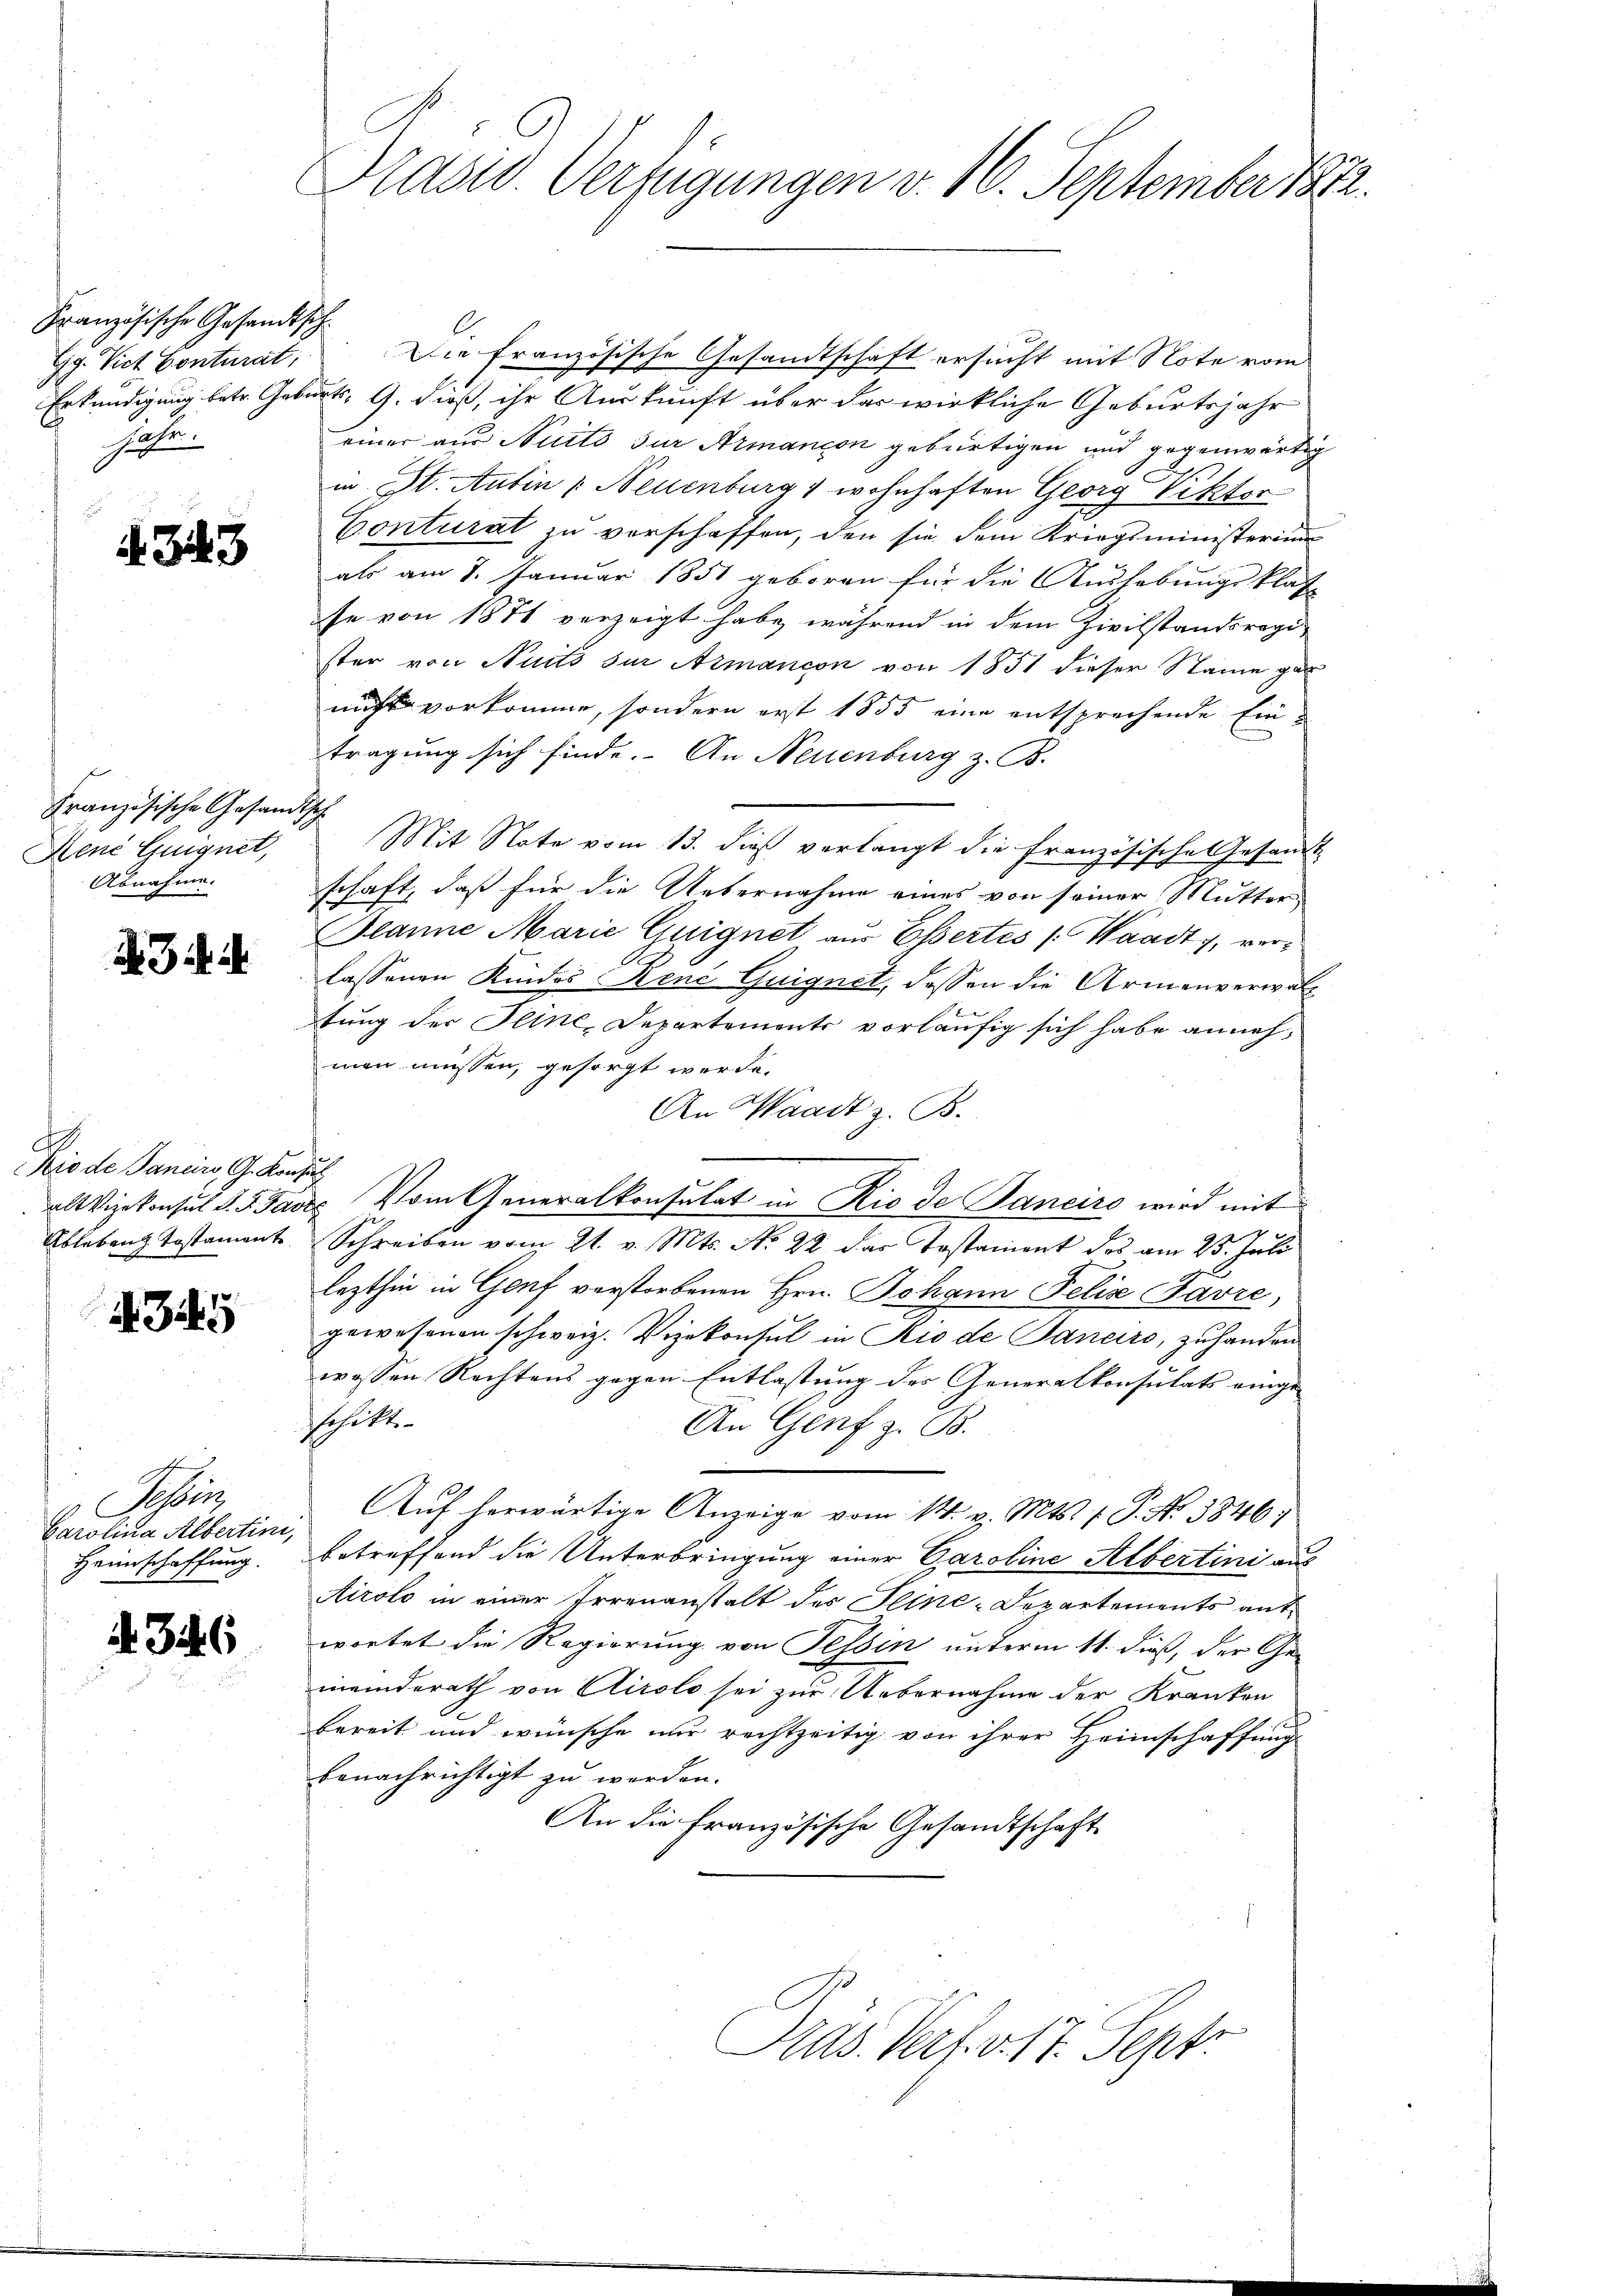
Französische Gesandtsch¬
Gg. Vict Conturat,
Hee¬

4343

Französische Gesandtsch
Dene Guignet,
Abnahme.

A 3

d
Kro de Janeiro, G. Konsul

345

Tessin,
Carolina Albertini,
Heimschaffung.

A. 346

Präsid. Verfügungen v. 16. September 1892.

Die französische Gesandtschaft ersucht mit Note vom
Erkundigung betr. Geburts- G. dieß, ihr Auskunft über das wirkliche Geburtsjahr
einer aus Stuito zur Armanion gebürtigen und gegenwärtig
in St. Antin Neuenburg 1 wohnhaften Georg Viktor
Conturat zu verschaffen, den sie dem Kriegsministerium
als am 7. Januar 1851 geboren für die Aushebungsklat
se von 1871 verzeigt habe, während in dem Zivilstandsregi
ster von Nuits zur Armancon von 1851 dieser Name ga
nicht vorkomme, sondern erst 1855 eine entsprechende Eintragung sich finde. An Neuenburg z. B.
Mit Note vom 13. dieß verlangt die französische Gesandt
schaft, daß für die Unternahme eines von seiner Mutters
Planne Marie Guignet aus Essertes (Waadt, verlassenen Kindes René Guignet, dessen die Armenverwalt
tung der Pline, Departements vorläufig sich habe annehmen müssen, gesorgt werde.
An Waadt z. B.
al Vizekonsul d. d. Gades Vom Generalkonsulat in Rio de Janeiro wird mit
Ableben Testament Schreiben vom 21. v. Mts. N. 22 des Testament des am 23. Juli
lezthin in Genf verstorbenen Hrn. Johann Felix Favre,
gewesenen schweiz. Vizekonsul in Rio de Sanciro, zuhanden
wossen Rechtens gegen Entlastung der Generalkonsulats eingeschite
An Genf z. B.
Auf herwärtige Anzeige vom 14. v. Mts. 1. P. Nr. 3846)
betreffend die Unterbringung einer Caroline Albertini aus
Airolo in einer Irrenanstalt des Fline-Departements antwortet die Regierung von Tessin unterm 11. dieß, der Ge-
meinderath von Airolo sei zur Uebernahme der Kranken
bereit und wünsche nur rechtzeitig von ihrer Heimschaffung
benachrichtigt zu werden.
An die französische Gesandtschaft
Pras. Verf. v. 17. Sept